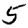
Digit: 5